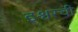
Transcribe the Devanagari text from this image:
इश्वरची